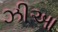
ઝીઆ